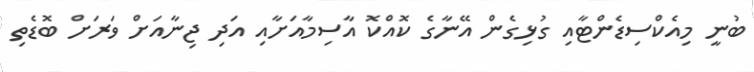
ބުނީ މިއެކްސިޑެންޓާއި ގުޅިގެން އޭނާގެ ކޮއްކޮ އާސިމާއަށާއި އަދި ޖިނާއަށް ވަރަށް ބޮޑެތި